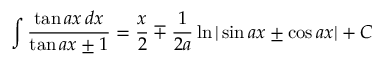
\int { \frac { \tan a x \, d x } { \tan a x \pm 1 } } = { \frac { x } { 2 } } \mp { \frac { 1 } { 2 a } } \ln | \sin a x \pm \cos a x | + C